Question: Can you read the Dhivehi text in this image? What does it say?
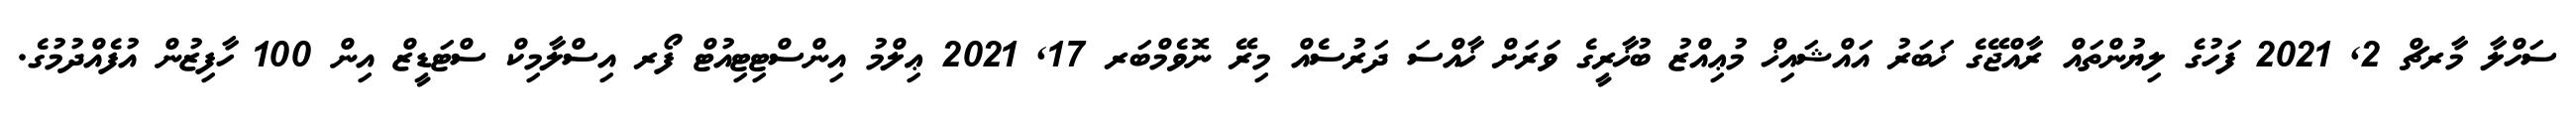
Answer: ސަހްލާ މާރޗް 2, 2021 ފަހުގެ ލިޔުންތައް ރާއްޖޭގެ ޚަބަރު އައްޝައިޚް މުޢިއްޒު ބުޚާރީގެ ވަރަށް ޚާއްސަ ދަރުސެއް މިރޭ ނޮވެމްބަރ 17, 2021 ޢިލްމު އިންސްޓިޓިއުޓް ފޯރ އިސްލާމިކް ސްޓަޑީޒް އިން 100 ހާފިޒުން އުފެއްދުމުގެ.